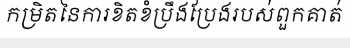
កម្រិតនៃការខិតខំប្រឹងប្រែងរបស់ពួកគាត់